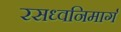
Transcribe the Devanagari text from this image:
रसध्वनिमार्ग